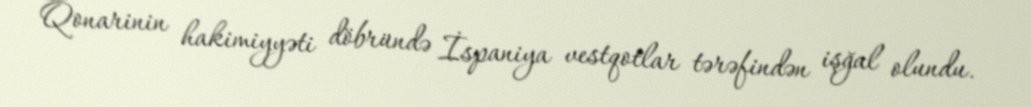
Qonarinin hakimiyyəti döbründə İspaniya vestqotlar tərəfindən işğal olundu.